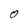
Character: O